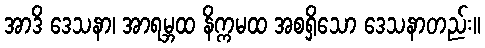
အာဒိ ဒေသနာ၊ အာရမ္ဘထ နိက္ကမထ အစရှိသော ဒေသနာတည်း။